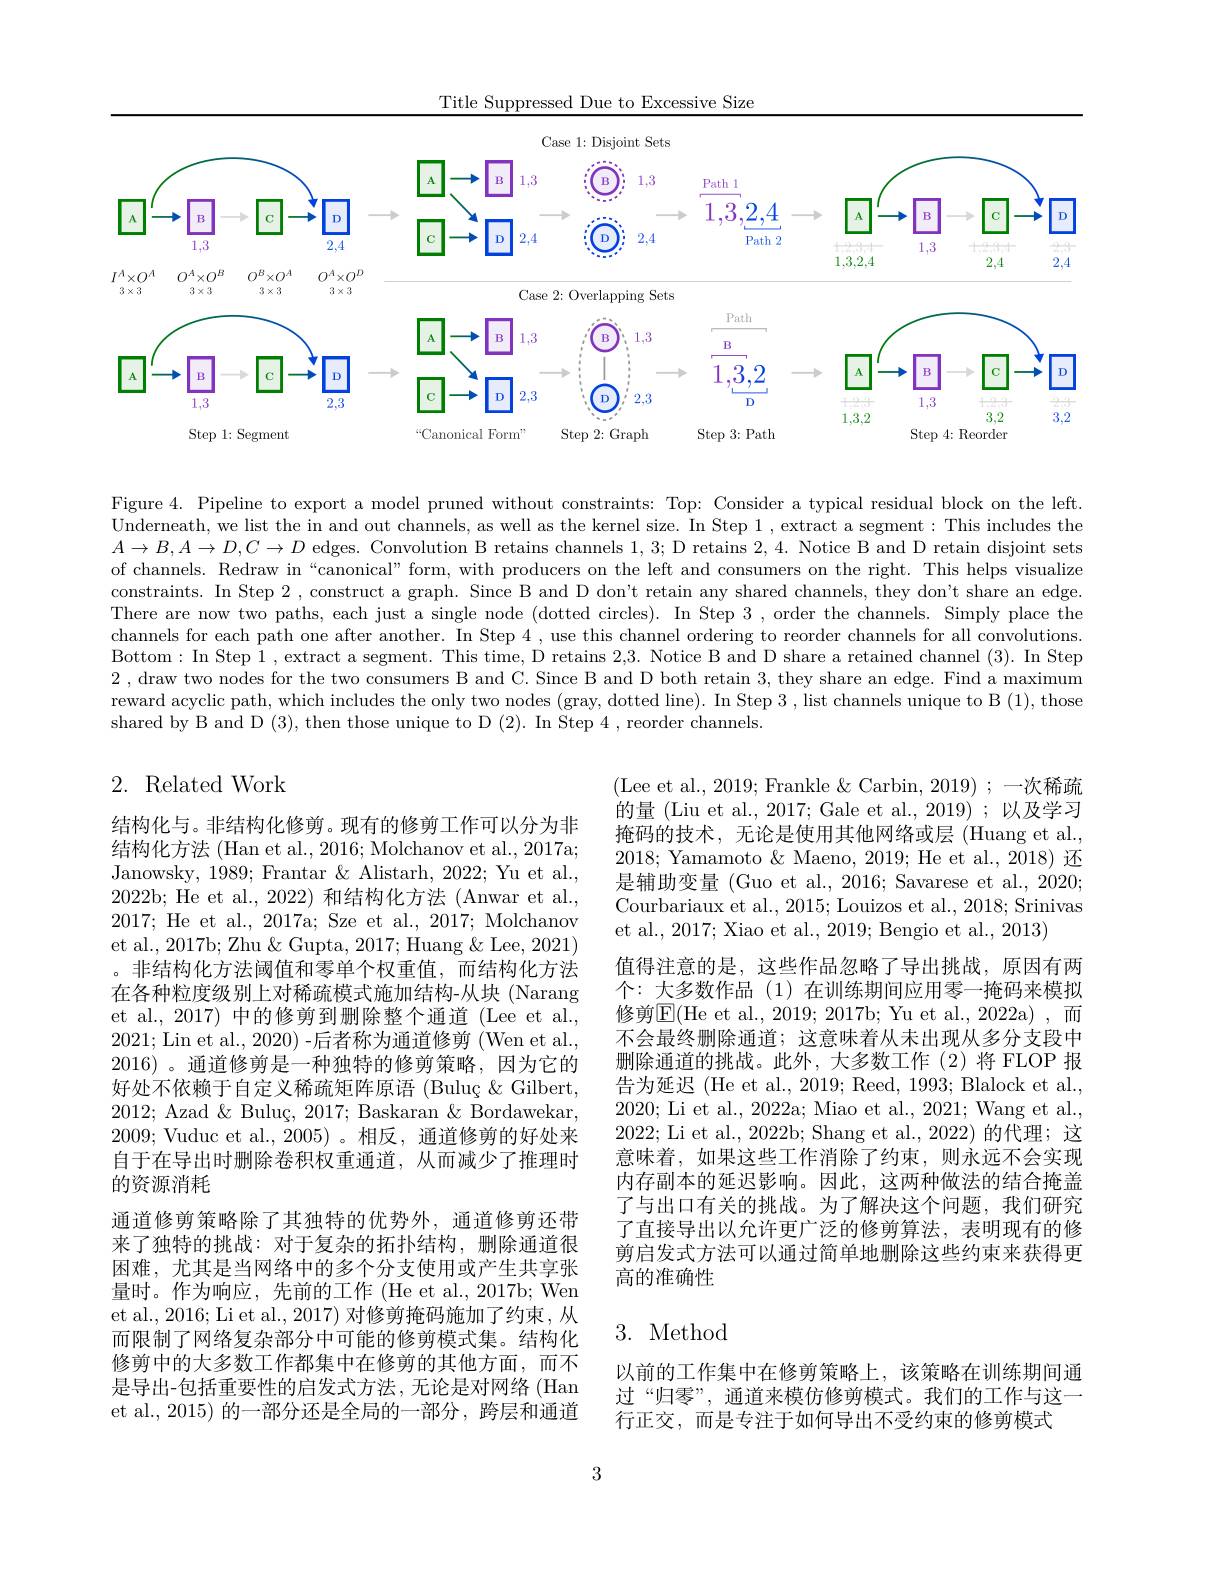
Title Suppressed Due to Excessive Size

<FigureHere>

Figure 4. Pipeline to export a model pruned without constraints: Top: Consider a typical residual block on the left. Underneath, we list the in and out channels, as well as the kernel size. In Step 1 , extract a segment: This includes the $A\to B,A\to D,C\to D$ edges. Convolution B retains channels 1,3; D retains 2, 4. Notice B and D retain disjoint sets of channels. Redraw in“canonical” form, with producers on the left and consumers on the right. This helps visualize constraints. In Step 2 , construct a graph. Since B and D don't retain any shared channels, they don't share an edge. There are now two paths, each just a single node (dotted circles). In Step 3 , order the channels. Simply place the channels for each path one after another. In Step 4 , use this channel ordering to reorder channels for all convolutions. Bottom: In Step 1, extract a segment. This time, D retains 2,3. Notice B and D share a retained channel (3). In Step 2 , draw two nodes for the two consumers B and C. Since B and D both retain 3, they share an edge. Find a maximum reward acyclic path, which includes the only two nodes (gray, dotted line). In Step 3 , list channels unique to B (1), those shared by B and D (3), then those unique to D (2). In Step 4 , reorder channels.

## 2. Related Work

(Lee et al., 2019; Frankle &Carbin, 2019);—次稀疏的量 (Liu et al., 2017; Gale et al., 2019) ; 以及学习掩码的技术，无论是使用其他网络或层(Huang et al., 2018; Yamamoto & Maeno, 2019; He et al., 2018) 还是辅助变量(Guo et al., 2016; Savarese et al., 2020; Courbariaux et al., 2015; Louizos et al., 2018; Srinivas et al., 2017; Xiao et al., 2019; Bengio et al., 2013)
值得注意的是，这些作品忽略了导出挑战，原因有两个：大多数作品 (1)在训练期间应用零一掩码来模拟修剪$\boxed{\mathrm{E}}($He et al., 2019; 2017b; Yu et al., 2022a) ,而不会最终删除通道；这意味着从未出现从多分支段中删除通道的挑战。此外，大多数工作(2)将 FLOP 报告为延迟 (He et al., 2019; Reed, 1993; Blalock et al., 2020; Li et al., 2022a; Miao et al., 2021; Wang et al., 2022; Li et al., 2022b; Shang et al., 2022) 的代理；这意味着，如果这些工作消除了约束，则永远不会实现内存副本的延迟影响。因此，这两种做法的结合掩盖了与出口有关的挑战。为了解决这个问题，我们研究了直接导出以允许更广泛的修剪算法，表明现有的修剪启发式方法可以通过简单地删除这些约束来获得更高的准确性

结构化与。非结构化修剪。现有的修剪工作可以分为非结构化方法 (Han et al., 2016; Molchanov et al., 2017a; Janowsky, 1989; Frantar & Alistarh, 2022; Yu et al., 2022b; He et al., 2022) 和结构化方法 (Anwar et al., 2017; He et al., 2017a; Sze et al., 2017; Molchanov et al., 2017b; Zhu & Gupta, 2017; Huang & Lee, 2021) 。非结构化方法阈值和零单个权重值，而结构化方法在各种粒度级别上对稀疏模式施加结构-从块(Narang et al., 2017) 中的修剪到删除整个通道 (Lee et al., 2021;Lin et al., 2020) -后者称为通道修剪 (Wen et al., 2016) 。通道修剪是一种独特的修剪策略，因为它的好处不依赖于自定义稀疏矩阵原语 (Buluç $\&$ Gilbert, 2012; Azad $\&$ Buluç, 2017; Baskaran $\&$ Bordawekar, 2009; Vuduc et al.,2005)。相反，通道修剪的好处来自于在导出时删除卷积权重通道，从而减少了推理时的资源消耗
通道修剪策略除了其独特的优势外，通道修剪还带来了独特的挑战：对于复杂的拓扑结构，删除通道很困难，尤其是当网络中的多个分支使用或产生共享张量时。作为响应，先前的工作(He et al.,2017b; Wen et al., 2016; Li et al., 2017) 对修剪掩码施加了约束，从而限制了网络复杂部分中可能的修剪模式集。结构化修剪中的大多数工作都集中在修剪的其他方面，而不是导出-包括重要性的启发式方法，无论是对网络 (Han et al.,2015) 的一部分还是全局的一部分，跨层和通道

## 3. Method

以前的工作集中在修剪策略上，该策略在训练期间通过“归零”, 通道来模仿修剪模式。我们的工作与这一行正交，而是专注于如何导出不受约束的修剪模式

3